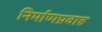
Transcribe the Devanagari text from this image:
निर्माणप्रवाह